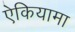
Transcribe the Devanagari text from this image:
ऐकियामा